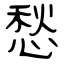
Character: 愁